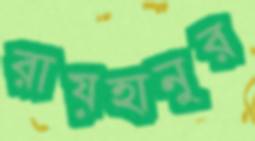
রায়হানুর